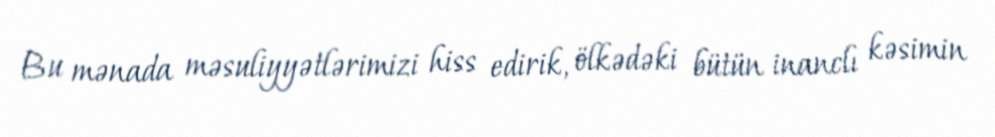
Bu mənada məsuliyyətlərimizi hiss edirik, ölkədəki bütün inanclı kəsimin